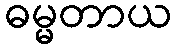
ဓမ္မတာယ